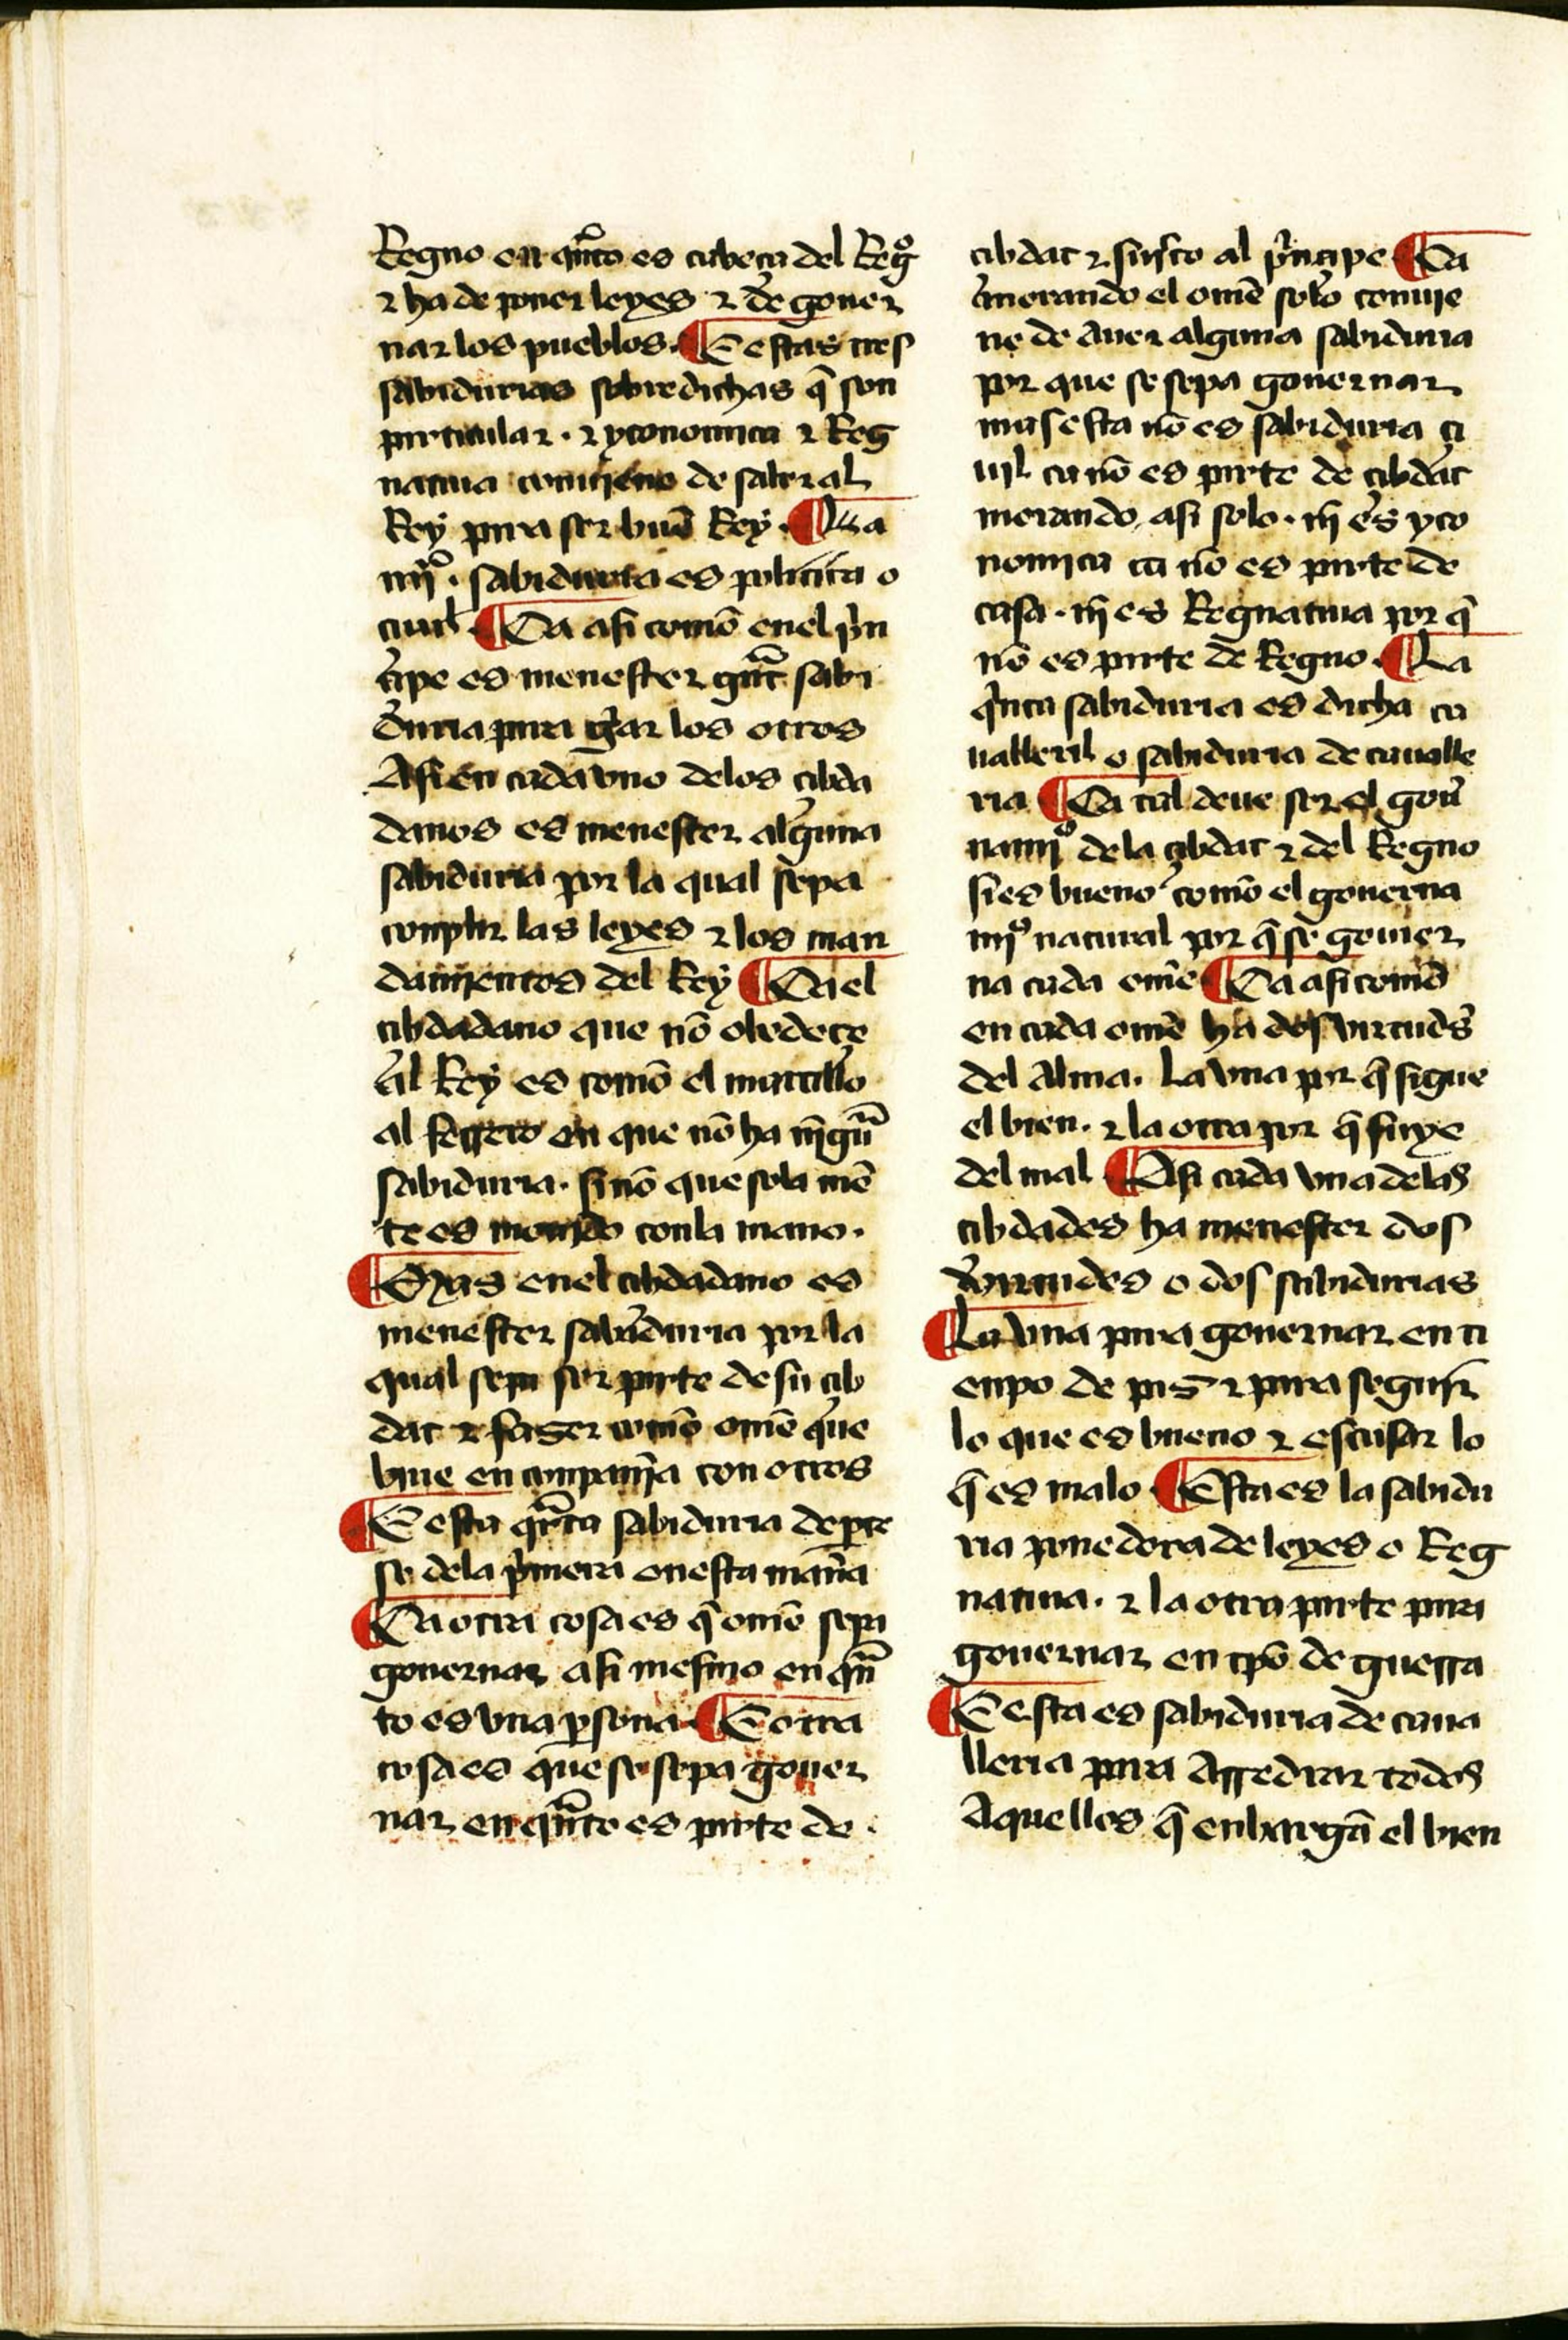
Shelfmark: Salamanca, Biblioteca Histórica USAL, 2097
Century: 15